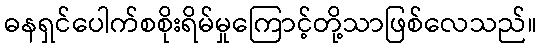
ဓနရှင်ပေါက်စစိုးရိမ်မှုကြောင့်တို့သာဖြစ်လေသည်။